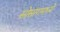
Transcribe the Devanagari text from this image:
सोसागमध्ये